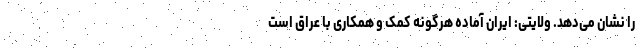
را نشان می‌دهد. ولایتی: ایران آماده هرگونه کمک و همکاری با عراق است